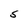
Character: S